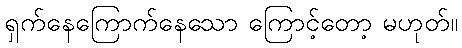
ရှက်နေကြောက်နေသော ကြောင့်တော့ မဟုတ်။